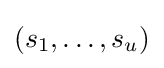
(s_{1},\dots ,s_{u})